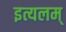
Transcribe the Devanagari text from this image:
इत्यलम्